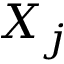
X _ { j }